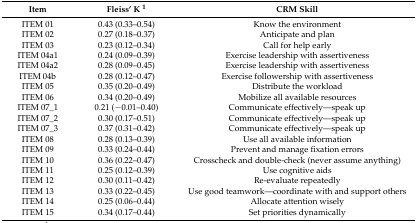
<table><thead><tr><td><b>Item</b></td><td><b>Fleiss’ K <sup>1</sup></b></td><td><b>CRM Skill</b></td></tr></thead><tbody><tr><td>ITEM 01</td><td>0.43 (0.33–0.54)</td><td>Know the environment</td></tr><tr><td>ITEM 02</td><td>0.27 (0.18–0.37)</td><td>Anticipate and plan</td></tr><tr><td>ITEM 03</td><td>0.23 (0.12–0.34)</td><td>Call for help early</td></tr><tr><td>ITEM 04a1</td><td>0.24 (0.09–0.39)</td><td>Exercise leadership with assertiveness</td></tr><tr><td>ITEM 04a2</td><td>0.28 (0.09–0.45)</td><td>Exercise leadership with assertiveness</td></tr><tr><td>ITEM 04b</td><td>0.28 (0.12–0.47)</td><td>Exercise followership with assertiveness</td></tr><tr><td>ITEM 05</td><td>0.35 (0.20–0.49)</td><td>Distribute the workload</td></tr><tr><td>ITEM 06</td><td>0.34 (0.20–0.49)</td><td>Mobilize all available resources</td></tr><tr><td>ITEM 07_1</td><td>0.21 (−0.01–0.40)</td><td>Communicate effectively—speak up</td></tr><tr><td>ITEM 07_2</td><td>0.30 (0.17–0.51)</td><td>Communicate effectively—speak up</td></tr><tr><td>ITEM 07_3</td><td>0.37 (0.31–0.42)</td><td>Communicate effectively—speak up</td></tr><tr><td>ITEM 08</td><td>0.28 (0.13–0.39)</td><td>Use all available information</td></tr><tr><td>ITEM 09</td><td>0.33 (0.24–0.44)</td><td>Prevent and manage fixation errors</td></tr><tr><td>ITEM 10</td><td>0.36 (0.22–0.47)</td><td>Crosscheck and double-check (never assume anything)</td></tr><tr><td>ITEM 11</td><td>0.25 (0.12–0.39)</td><td>Use cognitive aids</td></tr><tr><td>ITEM 12</td><td>0.30 (0.11–0.42)</td><td>Re-evaluate repeatedly</td></tr><tr><td>ITEM 13</td><td>0.33 (0.22–0.45)</td><td>Use good teamwork—coordinate with and support others</td></tr><tr><td>ITEM 14</td><td>0.25 (0.06–0.44)</td><td>Allocate attention wisely</td></tr><tr><td>ITEM 15</td><td>0.34 (0.17–0.44)</td><td>Set priorities dynamically</td></tr></tbody></table>